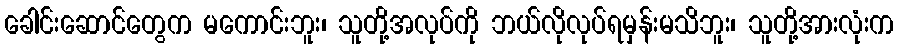
ခေါင်းဆောင်တွေက မကောင်းဘူး၊ သူတို့အလုပ်ကို ဘယ်လိုလုပ်ရမှန်းမသိဘူး၊ သူတို့အားလုံးက